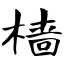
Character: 樯